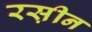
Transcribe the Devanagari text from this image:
रस़ीन